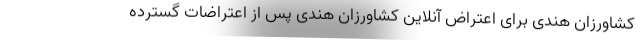
کشاورزان هندی برای اعتراض آنلاین کشاورزان هندی پس از اعتراضات گسترده